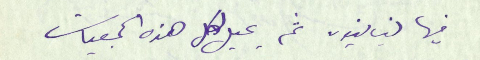
فيها لبنانيون ثم يجعل لكل هذه الجمعيات